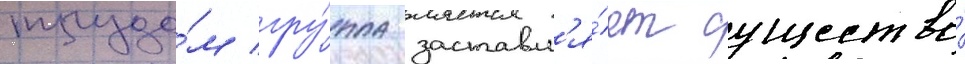
трудо́м гру́ппа заставл'я́ет существо́